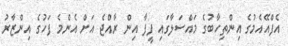
އެފްއޭއެމުގެ އިންތިހާބުގެ މައްސަލާގައި ފީފާ އިން ރާއްޖެ އަށް އެންމެ ފަހުގެ އިންޒާރު